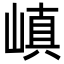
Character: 嵮